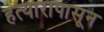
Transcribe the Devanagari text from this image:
हत्यारापासून